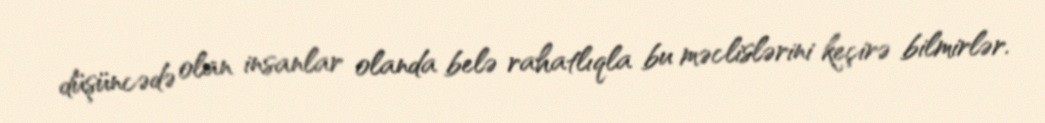
düşüncədə olan insanlar olanda belə rahatlıqla bu məclislərini keçirə bilmirlər.